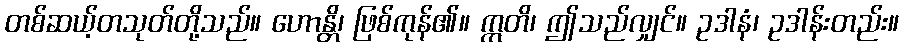
တစ်ဆယ့်တသုတ်တို့သည်။ ဟောန္တိ၊ ဖြစ်ကုန်၏။ ဣတိ၊ ဤသည်လျှင်။ ဥဒါနံ၊ ဥဒါန်းတည်း။